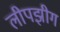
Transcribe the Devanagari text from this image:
लीपझीग